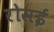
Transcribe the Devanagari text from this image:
रोसई